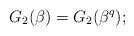
LaTeX: \begin{align*}G_2(\beta) = G_2(\beta^q);\end{align*}